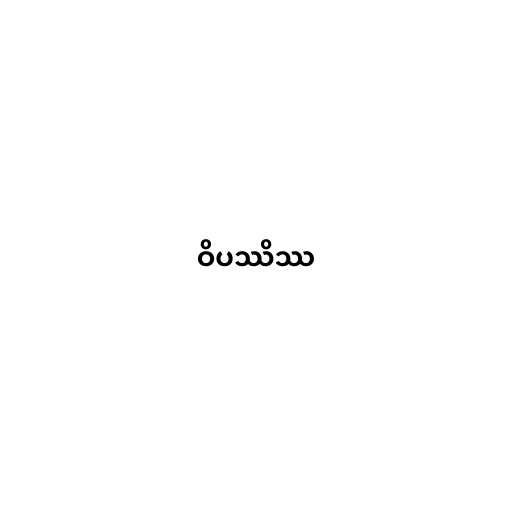
ဝိပဿိဿ